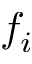
f _ { i }